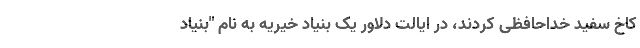
کاخ سفید خداحافظی کردند، در ایالت دلاور یک بنیاد خیریه به نام "بنیاد